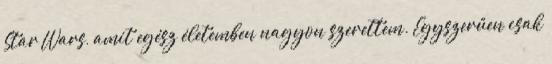
Star Wars, amit egész életemben nagyon szerettem. Egyszerűen csak